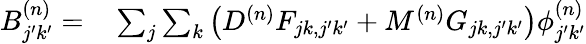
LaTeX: \begin{array}{rl}{B_{j^{\prime}k^{\prime}}^{(n)}=}&{{}\sum_{j}\sum_{k}\left(D^{(n)}F_{jk,j^{\prime}k^{\prime}}+M^{(n)}G_{jk,j^{\prime}k^{\prime}}\right)\phi_{j^{\prime}k^{\prime}}^{(n)}}\end{array}